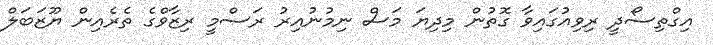
އިގްތިސޯދީ ރިވިއުގައިވާ ގޮތުން މިދިޔަ މަސް ނިމުނުއިރު ރަސްމީ ރިޒާވްގެ ތެރެއިން ޔޫޒަަބަލް